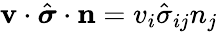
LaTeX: \mathbf{v}\cdot\hat{\boldsymbol{\sigma}}\cdot\mathbf{n}=v_{i}\hat{\sigma}_{ij}n_{j}